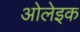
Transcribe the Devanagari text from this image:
ओलेइक